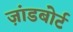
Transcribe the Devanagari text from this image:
ज़ांडबोर्ट